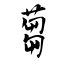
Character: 蒭